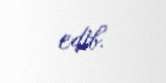
edib.